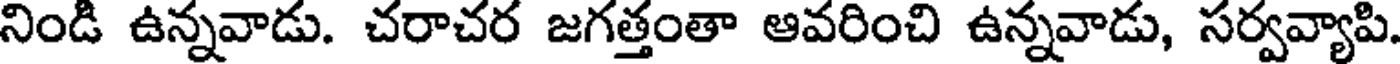
నిండి ఉన్నవాడు. చరాచర జగత్తంతా ఆవరించి ఉన్నవాడు, సర్వవ్యాపి.